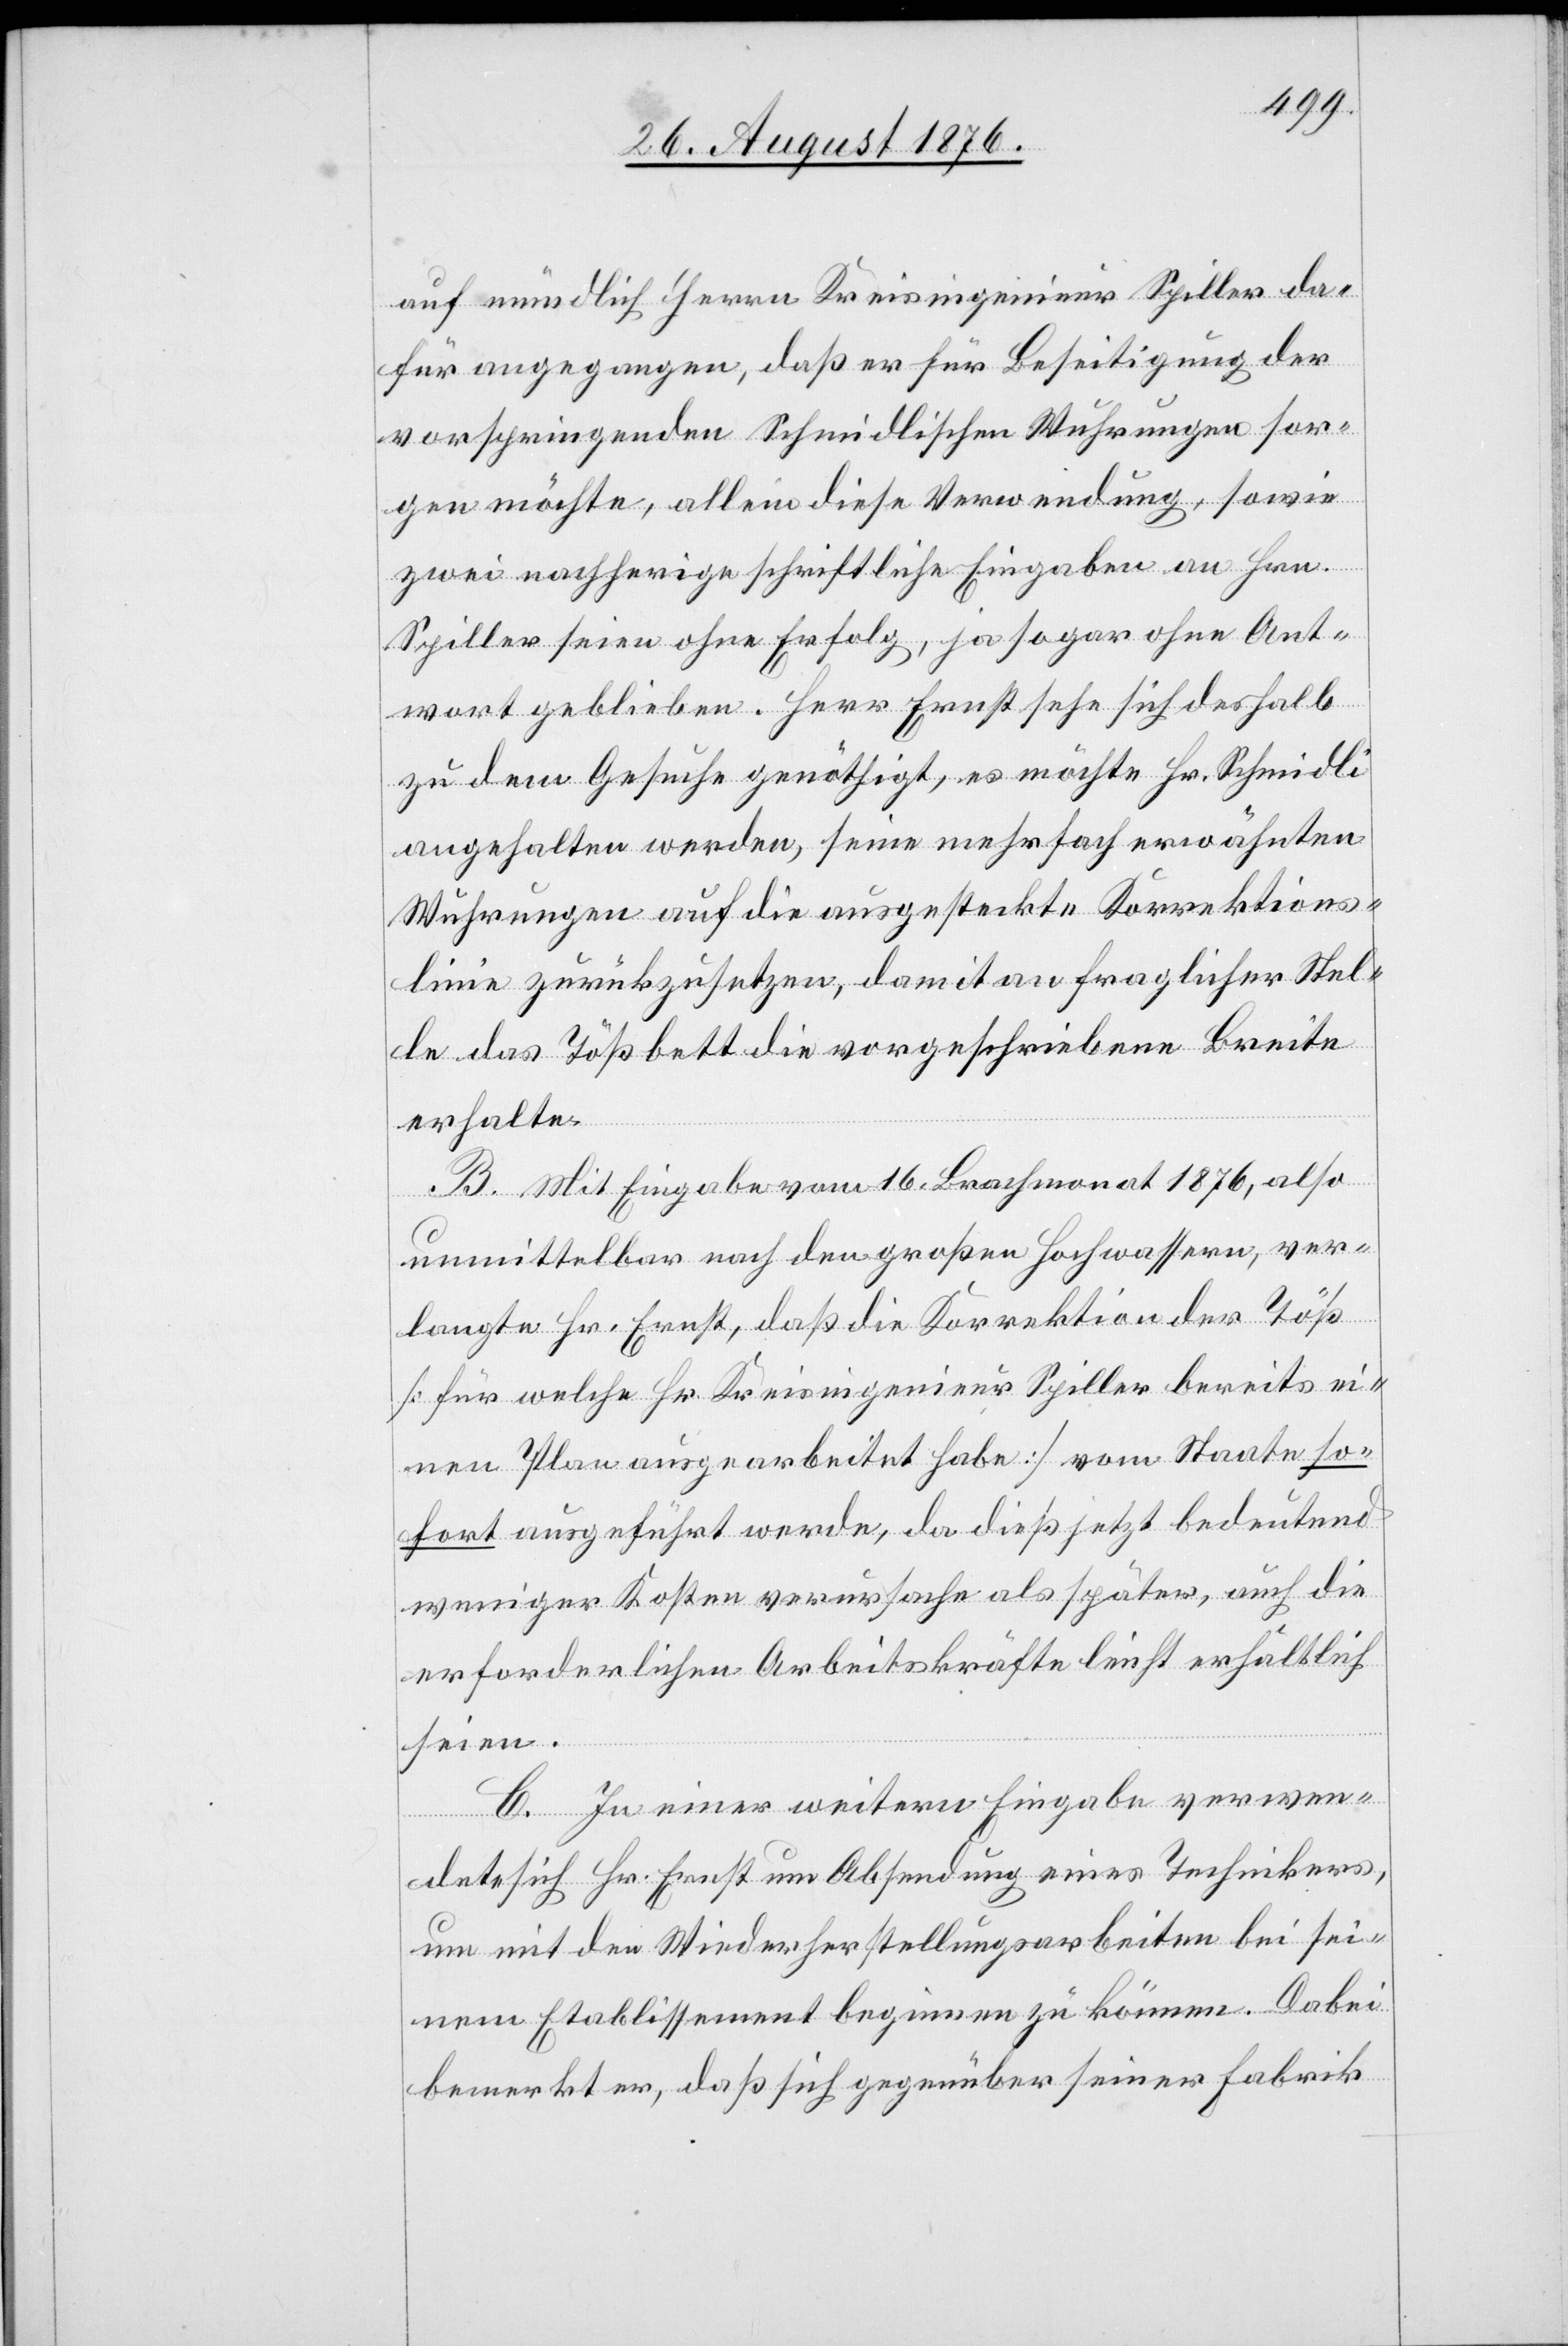
auf mündlich Herrn Kreisingenieur Spiller da¬
für angegangen, daß er für Beseitigung sor¬
gen möchte, allein diese Verwendung, sowie
zwei nachherige schriftliche Eingaben an Hrn.
Spiller seien ohne Erfolg, ja sogar ohne Ant¬
wort geblieben. Herr Ernst sehe sich deshalb
zu dem Gesuche genöthigt, es möchte Hr. Schmidli
angehalten werden, seine mehrfach erwähnten
Wuhrungen auf die ausgesteckte Korrektions¬
linie zurückzusetzen, damit an fraglicher Stel¬
le das Tößbett die vorgeschriebene Breite
erhalte.
B. Mit Eingabe vom 16. Brachmonat 1876, also
unmittelbar nach den großen Hochwassern, ver¬
langte Hr. Ernst, daß die Korrektion der Töß
[für welche Hr. Kreisingenieur Spiller bereits ei¬
nen Plan ausgearbeitet habe] vom Staate so¬
fort ausgeführt werde, da dieß jetzt bedeutend
weniger Kosten verursache als später, auch die
erforderlichen Arbeitskräfte leicht erhältlich
seien.
C. In einer weitern Eingabe verwen¬
dete sich Hr. Ernst um Absendung eines Technikers,
um mit den Wiederherstellungsarbeiten bei sei¬
nem Etablissement beginnen zu können. Dabei
bemerkt er, daß sich gegenüber seiner Fabrik